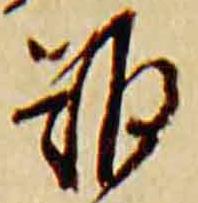
難